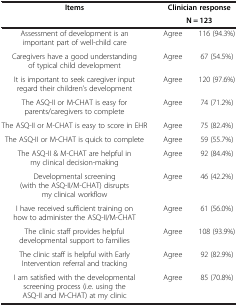
| Items | <COLSPAN=2> Clinician response |
 |  | <COLSPAN=2> N = 123 |
 | --- | --- | --- |
 | Assessment of development is an important part of well-child care | Agree | 116 (94.3%) |
 | Caregivers have a good understanding of typical child development | Agree | 67 (54.5%) |
 | It is important to seek caregiver input regard their children’s development | Agree | 120 (97.6%) |
 | The ASQ-II or M-CHAT is easy for parents/caregivers to complete | Agree | 74 (71.2%) |
 | The ASQ-II or M-CHAT is easy to score in EHR | Agree | 75 (82.4%) |
 | The ASQ-II or M-CHAT is quick to complete | Agree | 59 (55.7%) |
 | The ASQ-II & M-CHAT are helpful in my clinical decision-making | Agree | 92 (84.4%) |
 | Developmental screening (with the ASQ-II/M-CHAT) disrupts my clinical workflow | Agree | 46 (42.2%) |
 | I have received sufficient training on how to administer the ASQ-II/M-CHAT | Agree | 61 (56.0%) |
 | The clinic staff provides helpful developmental support to families | Agree | 108 (93.9%) |
 | The clinic staff is helpful with Early Intervention referral and tracking | Agree | 92 (82.9%) |
 | I am satisfied with the developmental screening process (i.e. using the ASQ-II and M-CHAT) at my clinic | Agree | 85 (70.8%) |